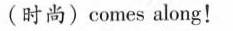
(时尚）comes along ！